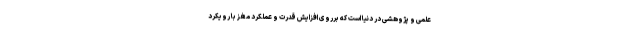
علمی و پژوهشی در دنیا است که برروی افزایش قدرت و عملکرد مغز با رویکرد